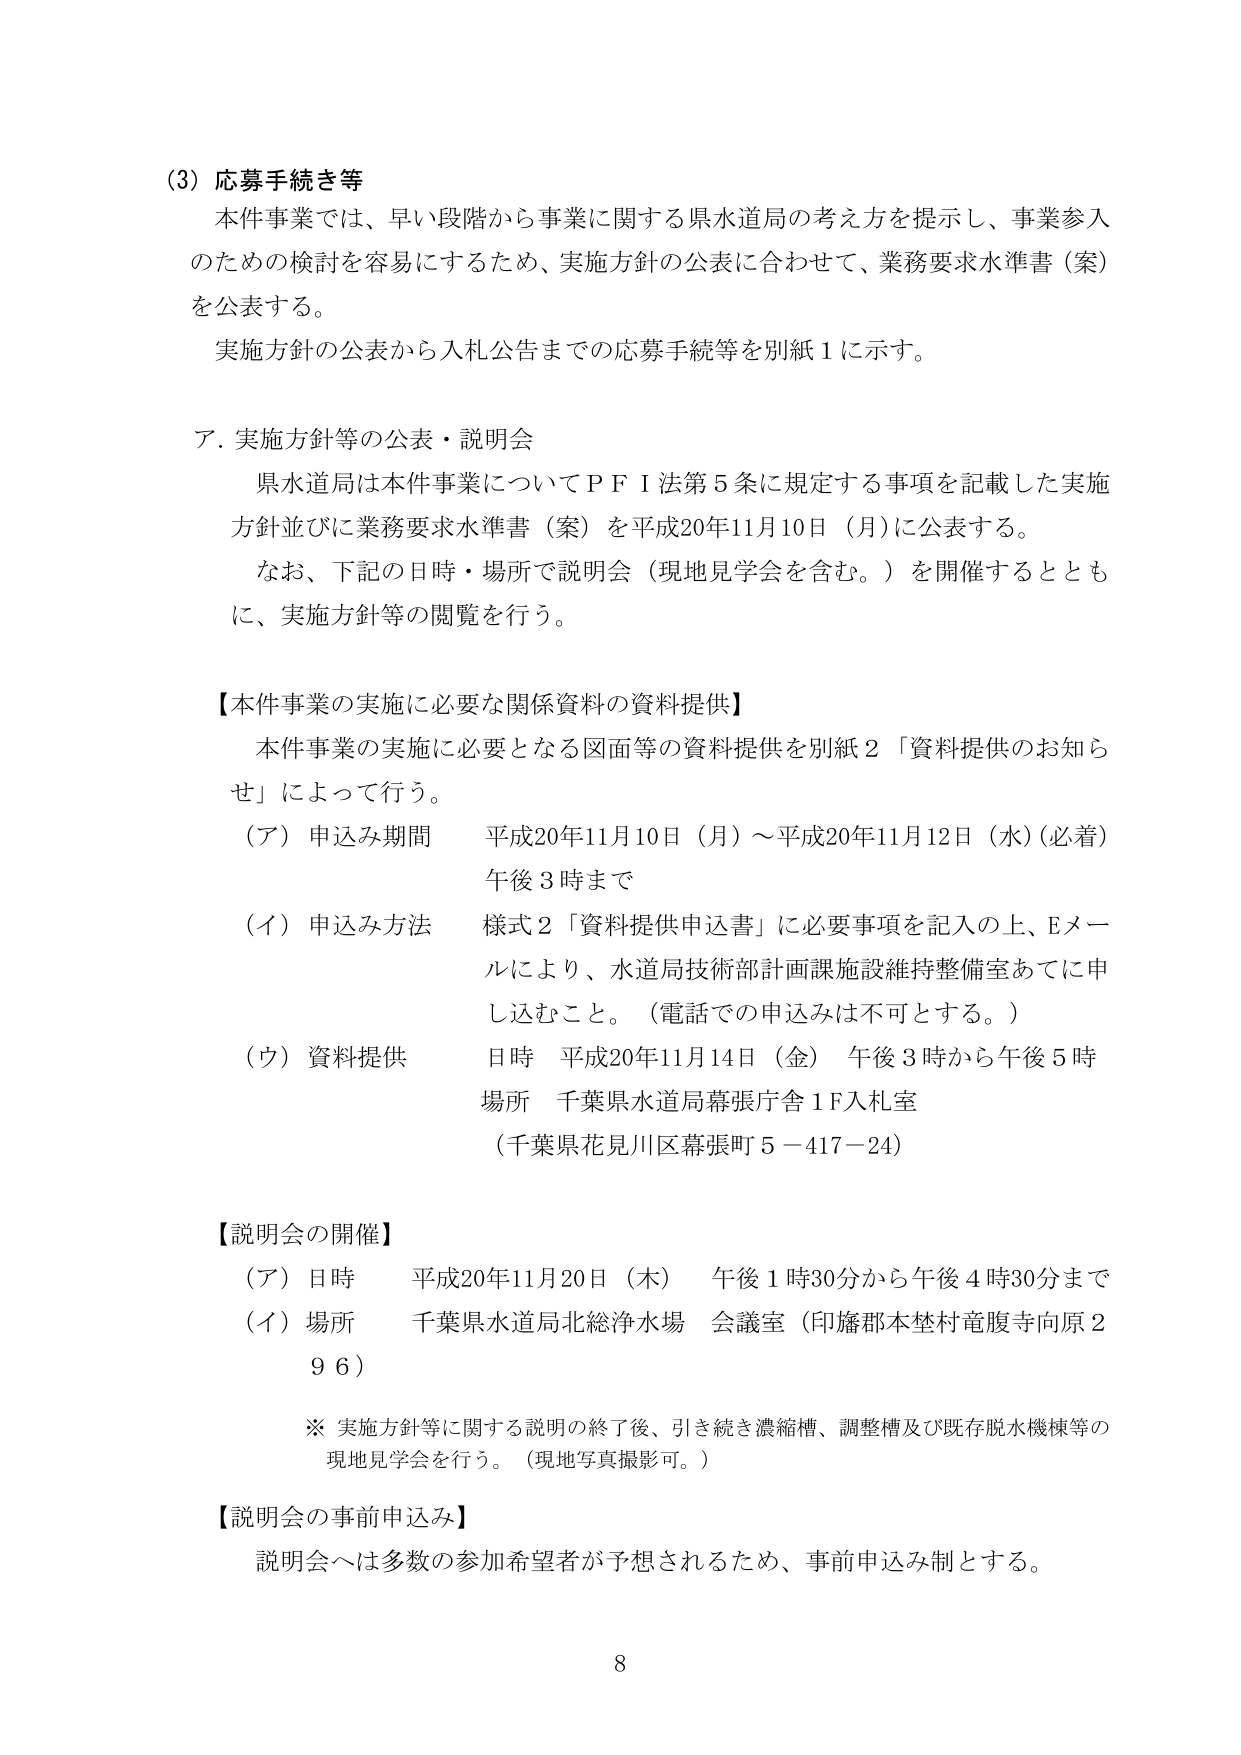
(3) 応募手続き等
本件事業では、早い段階から事業に関する県水道局の考え方を提示し、事業参入のための検討を容易にするため、実施方針の公表に合わせて、業務要求水準書（案）を公表する。
実施方針の公表から入札公告までの応募手続等を別紙１に示す。

ア．実施方針等の公表・説明会
県水道局は本件事業についてＰＦＩ法第５条に規定する事項を記載した実施方針並びに業務要求水準書（案）を平成20年11月10日（月）に公表する。
なお、下記の日時・場所で説明会（現地見学会を含む。）を開催するとともに、実施方針等の閲覧を行う。

【本件事業の実施に必要な関係資料の資料提供】
本件事業の実施に必要となる図面等の資料提供を別紙２「資料提供のお知らせ」によって行う。
（ア）申込み期間　平成20年11月10日（月）～平成20年11月12日（水）（必着）午後３時まで
（イ）申込み方法　様式２「資料提供申込書」に必要事項を記入の上、Eメールにより、水道局技術部計画課施設維持整備室あてに申し込むこと。（電話での申込みは不可とする。）
（ウ）資料提供　日時　平成20年11月14日（金）午後３時から午後５時
　　　　　　　場所　千葉県水道局幕張庁舎１F入札室
　　　　　　　　（千葉県花見川区幕張町５－417－24）

【説明会の開催】
（ア）日時　平成20年11月20日（木）午後１時30分から午後４時30分まで
（イ）場所　千葉県水道局北総浄水場　会議室（印旛郡本埜村竜腹寺向原２９６）
　　※ 実施方針等に関する説明の終了後、引き続き濃縮槽、調整槽及び既存脱水機棟等の現地見学会を行う。（現地写真撮影可。）

【説明会の事前申込み】
説明会へは多数の参加希望者が予想されるため、事前申込み制とする。

8